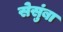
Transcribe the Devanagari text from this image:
सेसुंबा